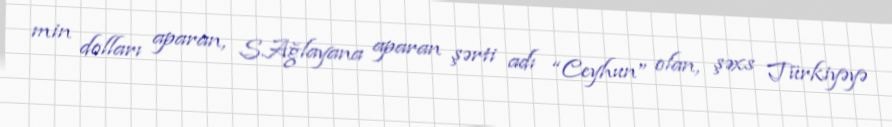
min dolları aparan, S.Ağlayana aparan şərti adı “Ceyhun” olan, şəxs Türkiyəyə